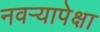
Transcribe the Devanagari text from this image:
नवऱ्यापेक्षा